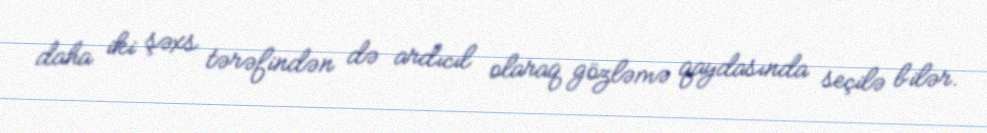
daha iki şəxs tərəfindən də ardıcıl olaraq gözləmə qaydasında seçilə bilər.